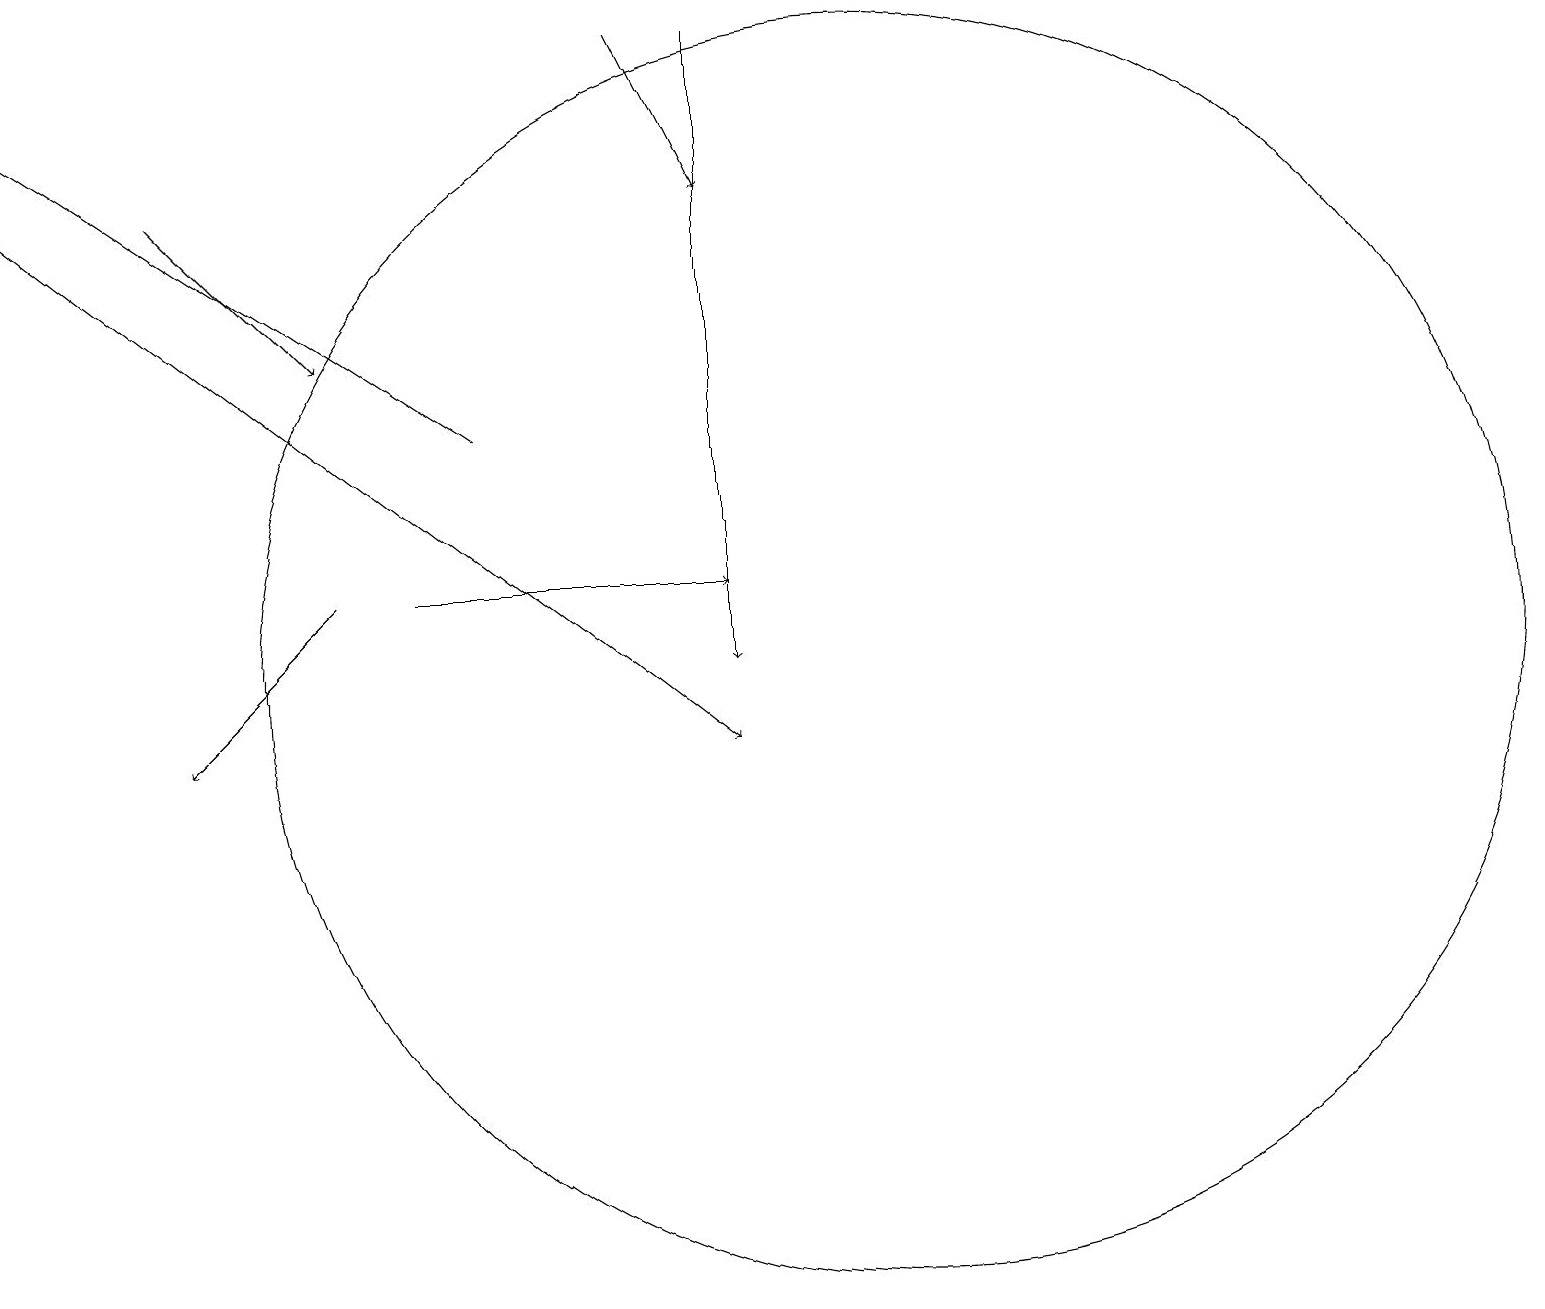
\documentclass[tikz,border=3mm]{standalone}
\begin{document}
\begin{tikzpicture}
\draw[->] (4,12) -- (2,10);
\draw[->] (9,19) -- (9,11);
\draw[->] (5,12) -- (9,12);
\draw[->] (2,17) -- (4,15);
\draw[->] (0,17) -- (9,10);
\draw (11,11) circle (8);
\draw[->] (8,19) -- (9,17);
\draw[->] (6,14) -- (0,18);
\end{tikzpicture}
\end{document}